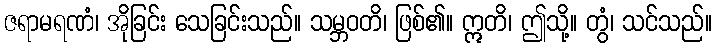
ဇရာမရဏံ၊ အိုခြင်း သေခြင်းသည်။ သမ္ဘဝတိ၊ ဖြစ်၏။ ဣတိ၊ ဤသို့။ တွံ၊ သင်သည်။